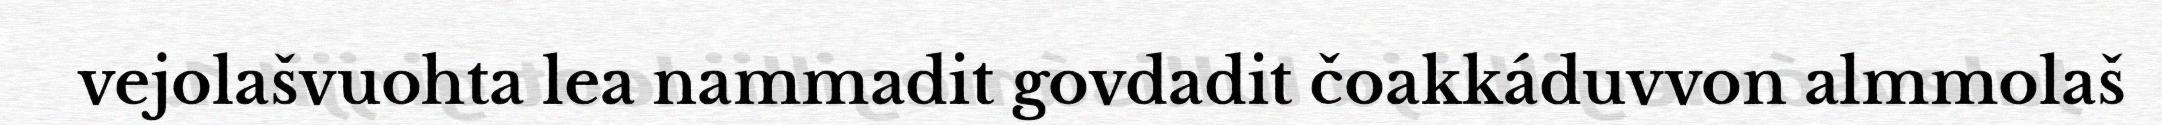
vejolašvuohta lea nammadit govdadit čoakkáduvvon almmolaš